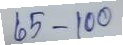
65 - 100